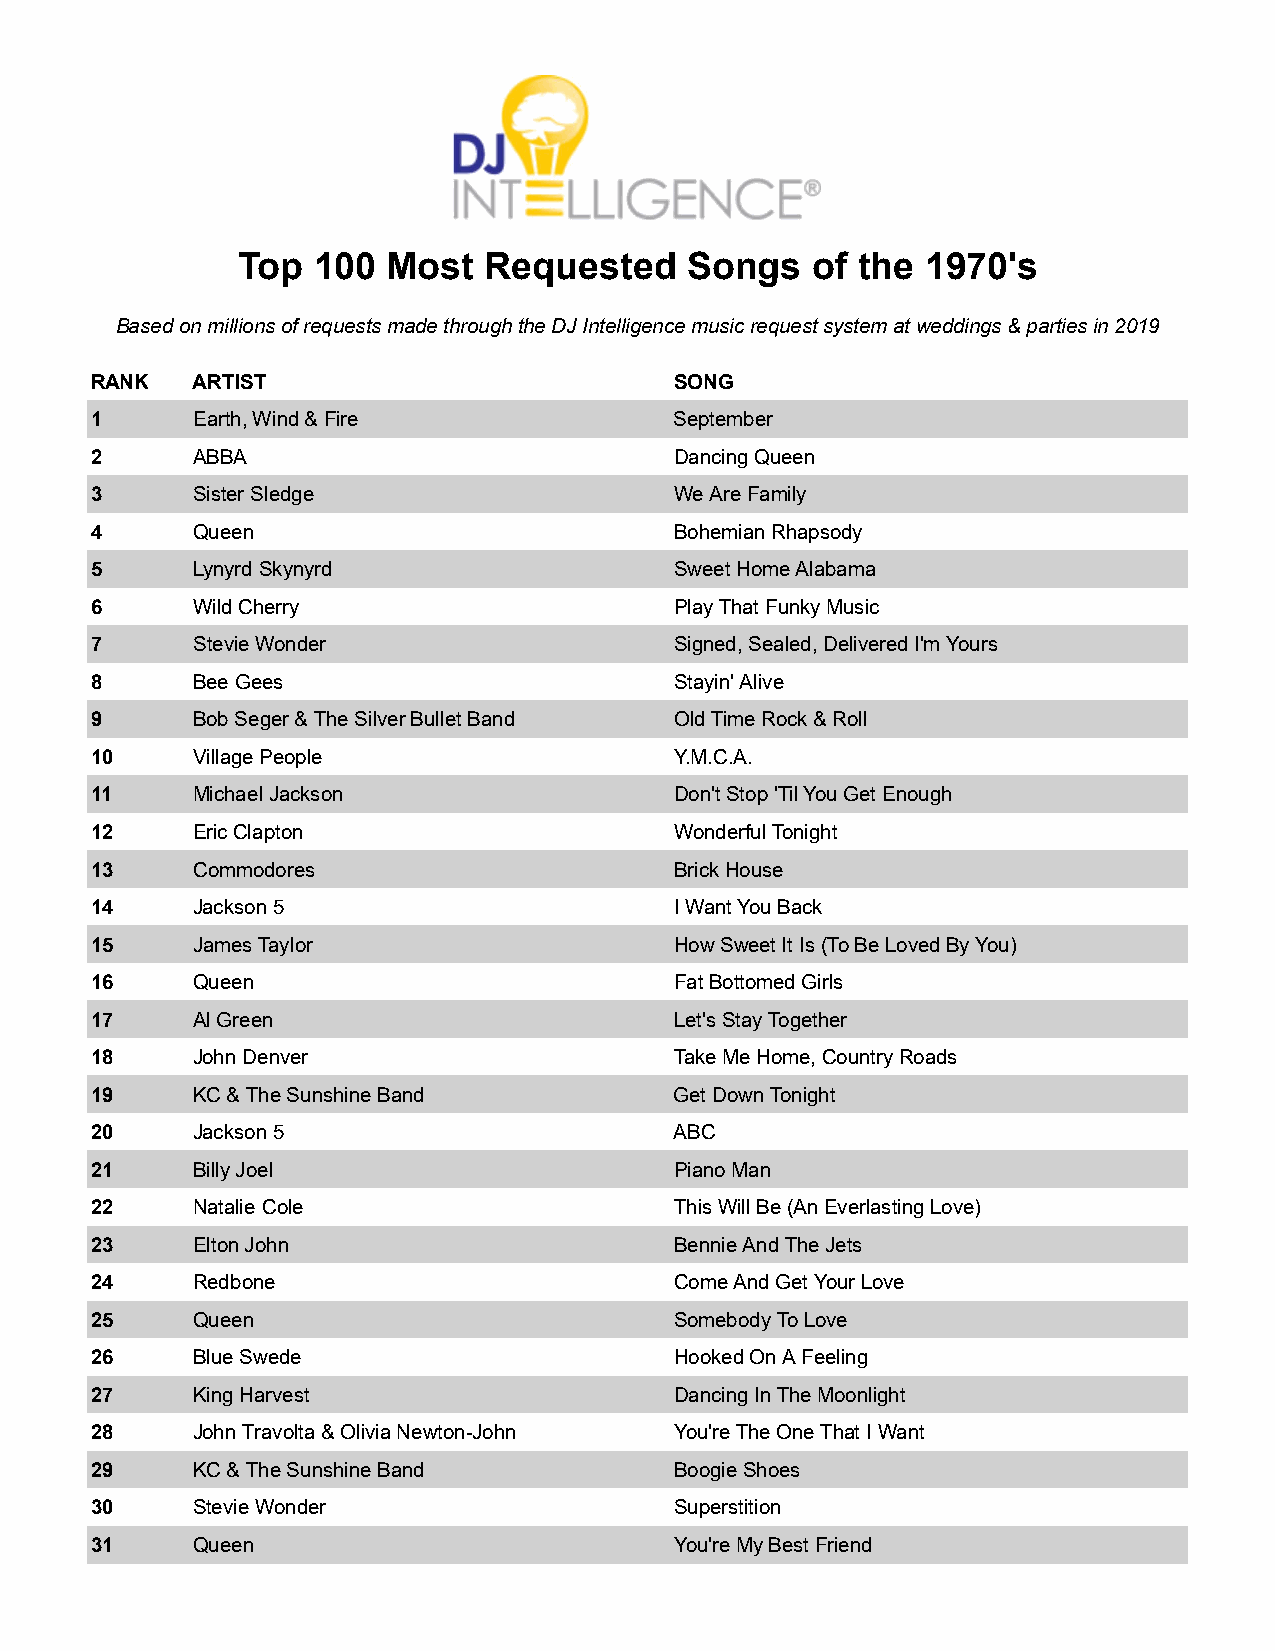
Top  100  Most  Requested    Songs    of the 1970's
 Based on millions of requests made through the DJ Intelligence music request system at weddings & parties in 2019
 RANK   ARTIST                          SONG
 1      Earth, Wind & Fire              September
 2      ABBA                            Dancing Queen
 3      Sister Sledge                   We Are Family
 4      Queen                           Bohemian Rhapsody
 5      Lynyrd Skynyrd                  Sweet Home Alabama
 6      Wild Cherry                     Play That Funky Music
 7      Stevie Wonder                   Signed, Sealed, Delivered I'm Yours
 8      Bee Gees                        Stayin' Alive
 9      Bob Seger & The Silver Bullet Band Old Time Rock & Roll
 10     Village People                  Y.M.C.A.
 11     Michael Jackson                 Don't Stop 'Til You Get Enough
 12     Eric Clapton                    Wonderful Tonight
 13     Commodores                      Brick House
 14     Jackson 5                       I Want You Back
 15     James Taylor                    How Sweet It Is (To Be Loved By You)
 16     Queen                           Fat Bottomed Girls
 17     Al Green                        Let's Stay Together
 18     John Denver                     Take Me Home, Country Roads
 19     KC & The Sunshine Band          Get Down Tonight
 20     Jackson 5                       ABC
 21     Billy Joel                      Piano Man
 22     Natalie Cole                    This Will Be (An Everlasting Love)
 23     Elton John                      Bennie And The Jets
 24     Redbone                         Come And Get Your Love
 25     Queen                           Somebody To Love
 26     Blue Swede                      Hooked On A Feeling
 27     King Harvest                    Dancing In The Moonlight
 28     John Travolta & Olivia Newton-John You're The One That I Want
 29     KC & The Sunshine Band          Boogie Shoes
 30     Stevie Wonder                   Superstition
 31     Queen                           You're My Best Friend